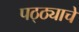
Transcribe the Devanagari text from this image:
पठ्ठ्याचे